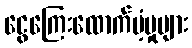
ငွေကြေးထောက်ပံ့မှုများ